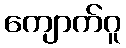
ကျောက်ဂူ